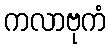
ကလာဗုကံ